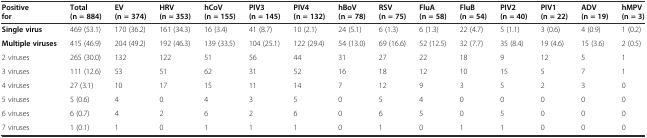
| Positive for | Total (n = 884) | EV (n = 374) | HRV (n = 353) | hCoV (n = 155) | PIV3 (n = 145) | PIV4 (n = 132) | hBoV (n = 78) | RSV (n = 75) | FluA (n = 58) | FluB (n = 54) | PIV2 (n = 40) | PIV1 (n = 22) | ADV (n = 19) | hMPV (n = 3) |
 | --- | --- | --- | --- | --- | --- | --- | --- | --- | --- | --- | --- | --- | --- | --- |
 | Single virus | 469 (53.1) | 170 (36.2) | 161 (34.3) | 16 (3.4) | 41 (8.7) | 10 (2.1) | 24 (5.1) | 6 (1.3) | 6 (1.3) | 22 (4.7) | 5 (1.1) | 3 (0.6) | 4 (0.9) | 1 (0.2) |
 | Multiple viruses | 415 (46.9) | 204 (49.2) | 192 (46.3) | 139 (33.5) | 104 (25.1) | 122 (29.4) | 54 (13.0) | 69 (16.6) | 52 (12.5) | 32 (7.7) | 35 (8.4) | 19 (4.6) | 15 (3.6) | 2 (0.5) |
 | 2 viruses | 265 (30.0) | 132 | 122 | 51 | 56 | 44 | 31 | 27 | 22 | 18 | 9 | 12 | 5 | 1 |
 | 3 viruses | 111 (12.6) | 53 | 51 | 62 | 31 | 52 | 16 | 18 | 12 | 10 | 15 | 5 | 7 | 1 |
 | 4 viruses | 27 (3.1) | 10 | 17 | 15 | 11 | 14 | 7 | 12 | 9 | 3 | 5 | 2 | 3 | 0 |
 | 5 viruses | 5 (0.6) | 4 | 0 | 4 | 3 | 5 | 0 | 5 | 4 | 0 | 0 | 0 | 0 | 0 |
 | 6 viruses | 6 (0.7) | 4 | 2 | 6 | 2 | 6 | 0 | 6 | 5 | 0 | 5 | 0 | 0 | 0 |
 | 7 viruses | 1 (0.1) | 1 | 0 | 1 | 1 | 1 | 0 | 1 | 0 | 1 | 1 | 0 | 0 | 0 |